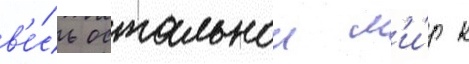
в'е́сь остальнои м'и́р к